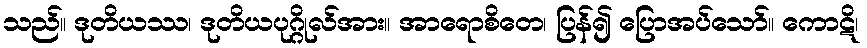
သည်။ ဒုတိယဿ၊ ဒုတိယပုဂ္ဂိုလ်အား။ အာရောစိတေ၊ ပြန်၍ ပြောအပ်သော်။ ကောဋိ၊